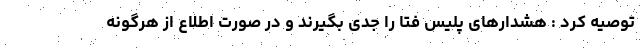
توصیه کرد : هشدارهای پلیس فتا را جدی بگیرند و در صورت اطلاع از هرگونه